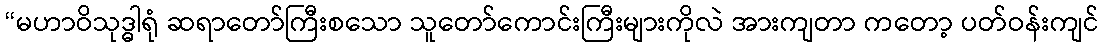
“မဟာဝိသုဒ္ဓါရုံ ဆရာတော်ကြီးစသော သူတော်ကောင်းကြီးများကိုလဲ အားကျတာ ကတော့ ပတ်ဝန်းကျင်